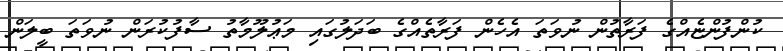
ކުންފުންޏެއްގެ ފަރާތުން ނުވަތަ އެހެން ފަރާތެއްގެ ބަދަލުގައި މަޢުލޫމާތު ސާފުކުރަން ނުވަތަ ބީލަން